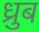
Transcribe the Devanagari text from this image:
ध्रुब